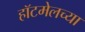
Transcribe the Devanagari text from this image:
हॉटमेलच्या